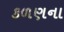
કળણના